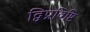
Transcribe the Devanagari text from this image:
द्विप्रविष्टि